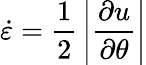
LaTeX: \dot{\varepsilon}=\frac{1}{2}\, \left|\frac{\partial u}{\partial\theta}\right|